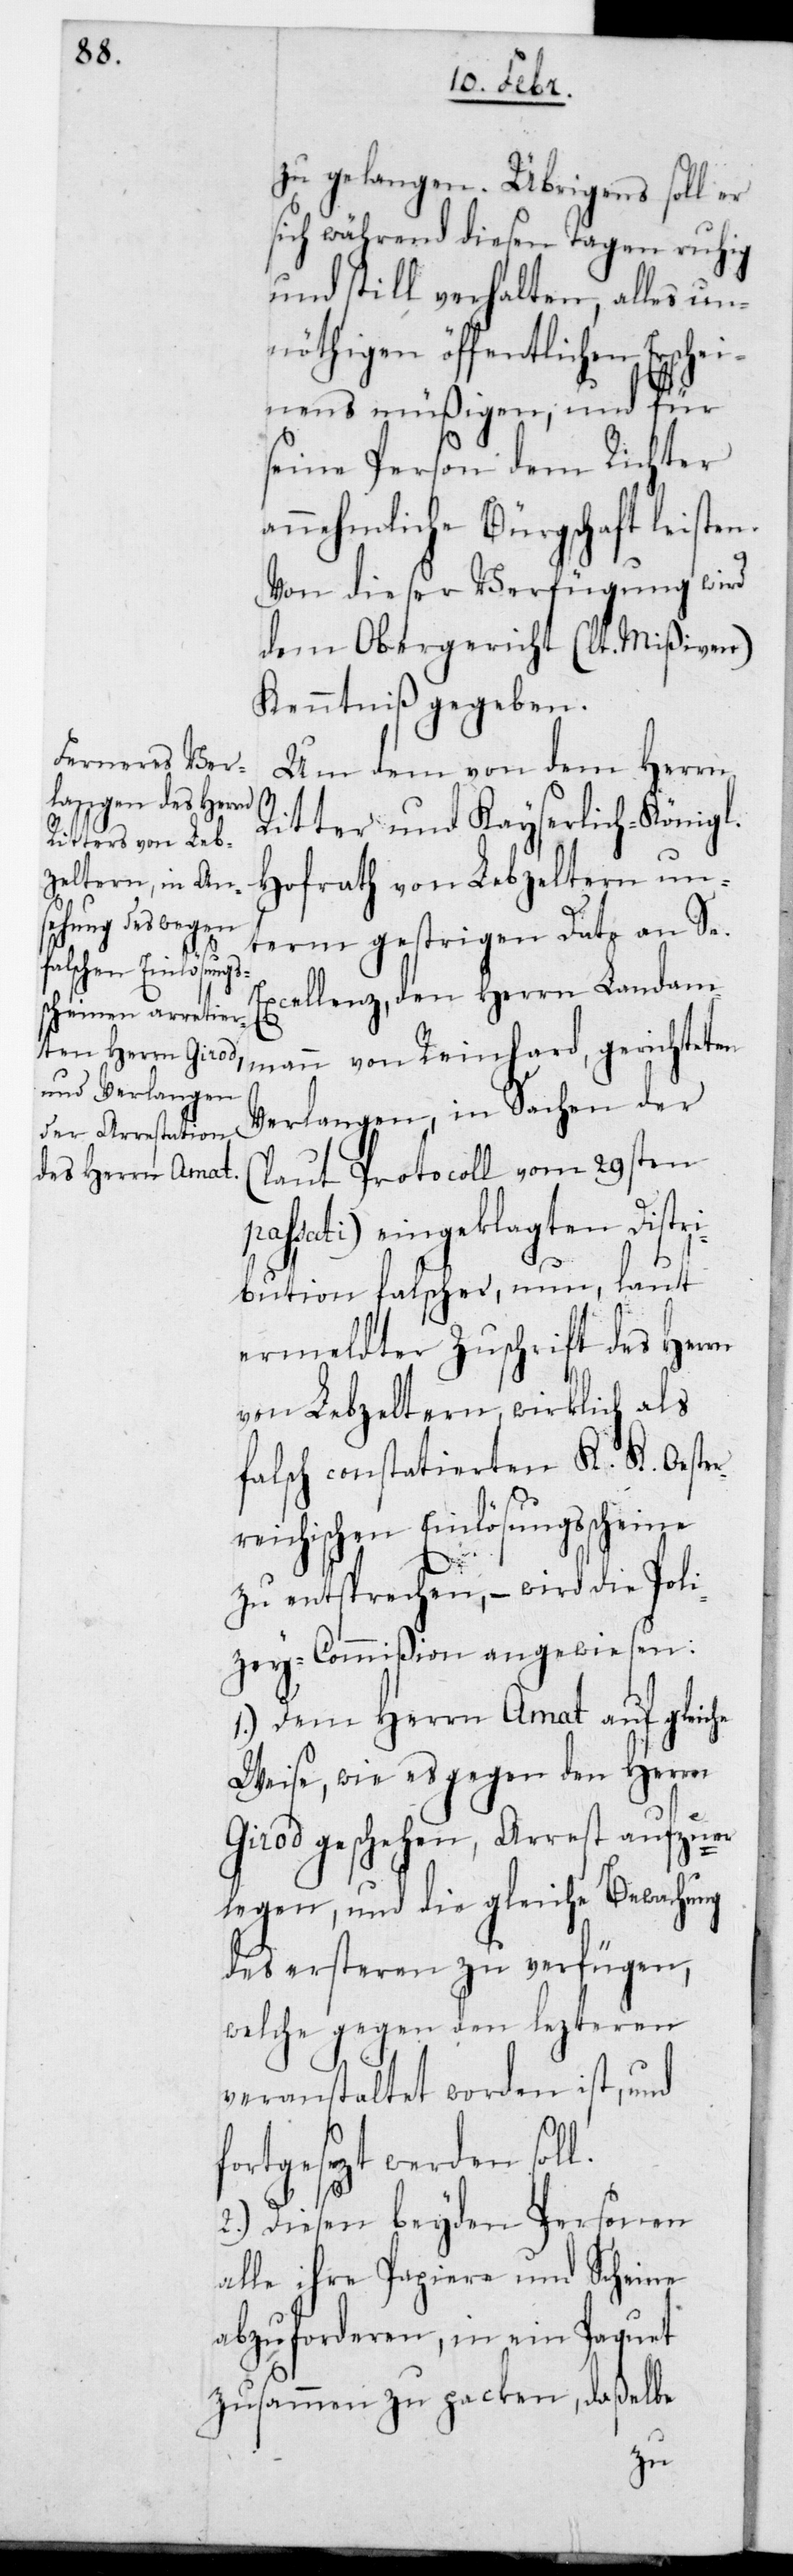
l.

zu gelangen. Übrigens soll er
sich während diesen Tagen ruhig
und still verhalten, alles un¬
nöthigen öffentlichen Ersch¬
einens müßigen, und für
seine Person dem Richter
annehmliche Bürgschaft leisten.
Von dieser Verfügung wird
dem Obergericht (lt. Mißiven)
Kenntniß gegeben.
Um dem von dem Herrn
Ritter und Kayserlich-Königl.
Hofrath von Lebzeltern un¬
term gestrigen Dato an Se.
Excellenz den Herrn Landam¬
mann von Reinhard gerichteten
Verlangen, in Sachen der
(laut Protocoll vom 29sten
passati) eingeklagten Distri¬
bution falscher, nun, laut
ermeldter Zuschrift des Herrn
von Lebzeltern, wirklich als
falsch constatierten K. K. Oeste¬
reichischen Einlösungsscheine
zu entsprechen, – wird die Poli¬
zey-Commißion angewiesen:
1.) Dem Herrn Amat auf gleiche
Weise, wie es gegen den Herrn
Girod geschehen, Arrest aufzuer¬
legen, und die gleiche Bewachung
des ersteren zu verfügen,
welche gegen den lezteren
veranstaltet worden ist und
fortgesezt werden sol¬
2.) Diesen beyden Personen
alle ihre Papiere und Scheine
abzuforderen, in ein Paquet
zusammen zu packen, daßelbe